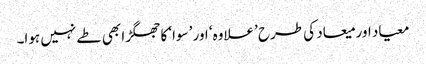
معیاد اور میعاد کی طرح ’علاوہ‘ اور ’سوا‘ کا جھگڑا بھی طے نہیں ہوا۔